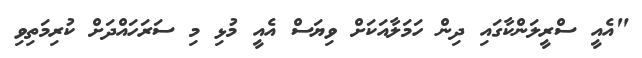
"އެއީ ސްރީލަންކާގައި ދިން ހަމަލާއަކަށް ވިޔަސް އެއީ މުޅި މި ސަރަހައްދަށް ކުރިމަތިވި